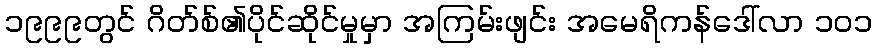
၁၉၉၉တွင် ဂိတ်စ်၏ပိုင်ဆိုင်မှုမှာ အကြမ်းဖျင်း အမေရိကန်ဒေါ်လာ ၁၀၁